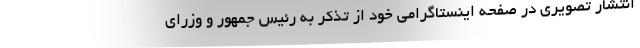
انتشار تصویری در صفحه اینستاگرامی خود از تذکر به رئیس جمهور و وزرای